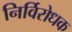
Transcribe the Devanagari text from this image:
निर्विरोधक